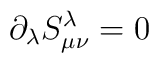
{\partial}_{\lambda}S^{\lambda}_{{\mu}{\nu}}=0